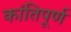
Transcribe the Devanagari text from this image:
कांतिपूर्ण